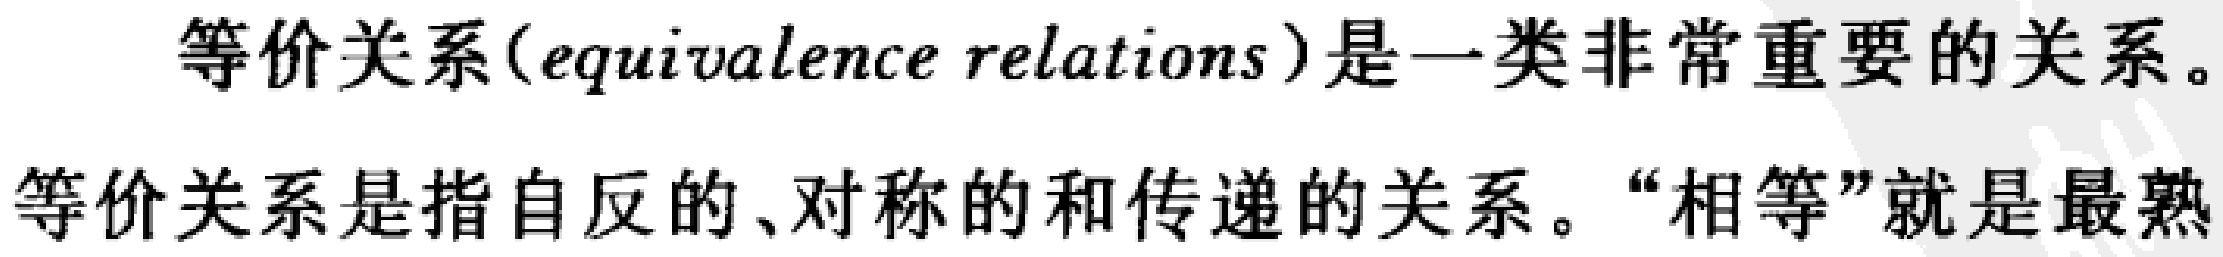
等价关系(equivalence relations)是一类非常重要的关系。等价关系是指自反的、对称的和传递的关系。“相等”就是最熟